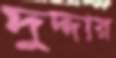
দুদ্দার